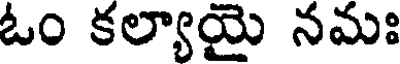
ఓం కల్యాయై నమః